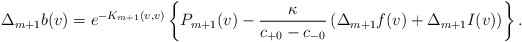
\begin{align*} \Delta_{m+1}b(v)=e^{-K_{m+1}(v,v)}\left\{P_{m+1}(v)-\frac{\kappa}{c_{+0}-c_{-0}}\left(\Delta_{m+1}f(v)+\Delta_{m+1}I(v)\right)\right\}.\end{align*}